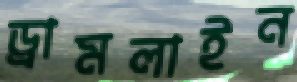
ড্রামলাইন